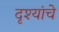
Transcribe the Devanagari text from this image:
दृश्यांचे